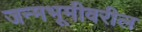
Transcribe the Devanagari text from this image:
जन्मभूमीवरील